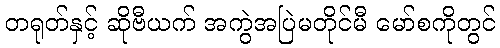
တရုတ်နှင့် ဆိုဗီယက် အကွဲအပြဲမတိုင်မီ မော်စကိုတွင်